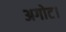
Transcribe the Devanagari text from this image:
अगोट।